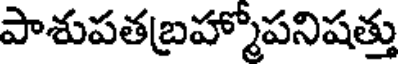
పాశుపతబ్రహ్మోపనిషత్తు